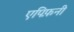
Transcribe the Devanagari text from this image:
एपिफ़नी